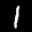
Label: 1